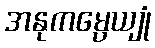
အနုကမ္ပေယျုံ